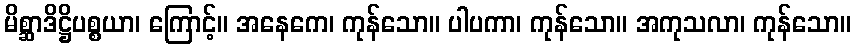
မိစ္ဆာဒိဋ္ဌိပစ္စယာ၊ ကြောင့်။ အနေကေ၊ ကုန်သော။ ပါပကာ၊ ကုန်သော။ အကုသလာ၊ ကုန်သော။